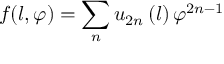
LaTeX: f ( l , \varphi ) = \sum _ { n } u _ { 2 n } \left( l \right) \varphi ^ { 2 n - 1 }